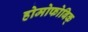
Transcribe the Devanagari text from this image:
होमोफोबिक्